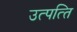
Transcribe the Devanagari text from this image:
उत्‍पत्‍ति